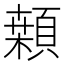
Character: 䫙